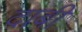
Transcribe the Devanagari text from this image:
दाबी